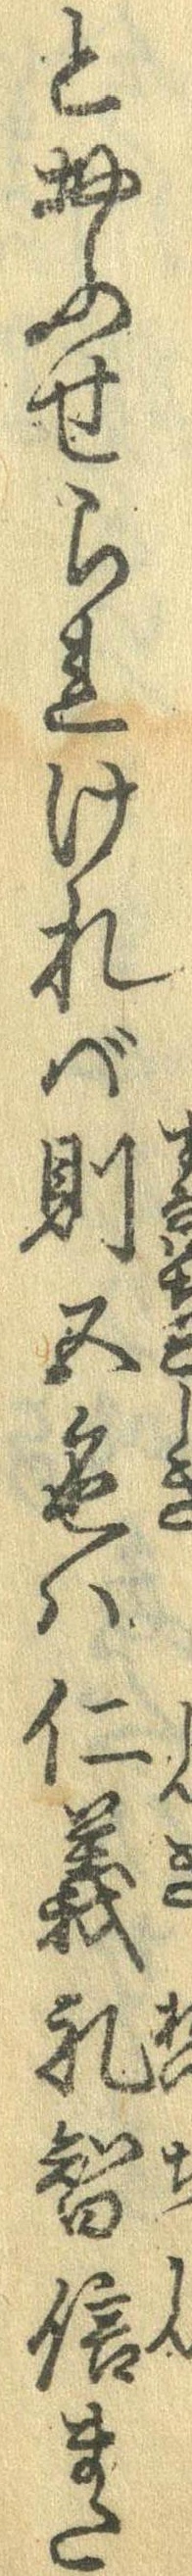
とおふせられければ則五色は仁義礼智信また